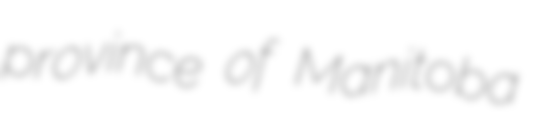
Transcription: province of Manitoba